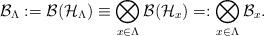
LaTeX: \begin{align*}\mathcal{B}_{\Lambda}:=\mathcal{B}(\mathcal{H}_{\Lambda})\equiv\bigotimes_{x\in \Lambda}\mathcal{B}(\mathcal{H}_{x})=:\bigotimes_{x\in \Lambda}\mathcal{B}_{x}.\end{align*}